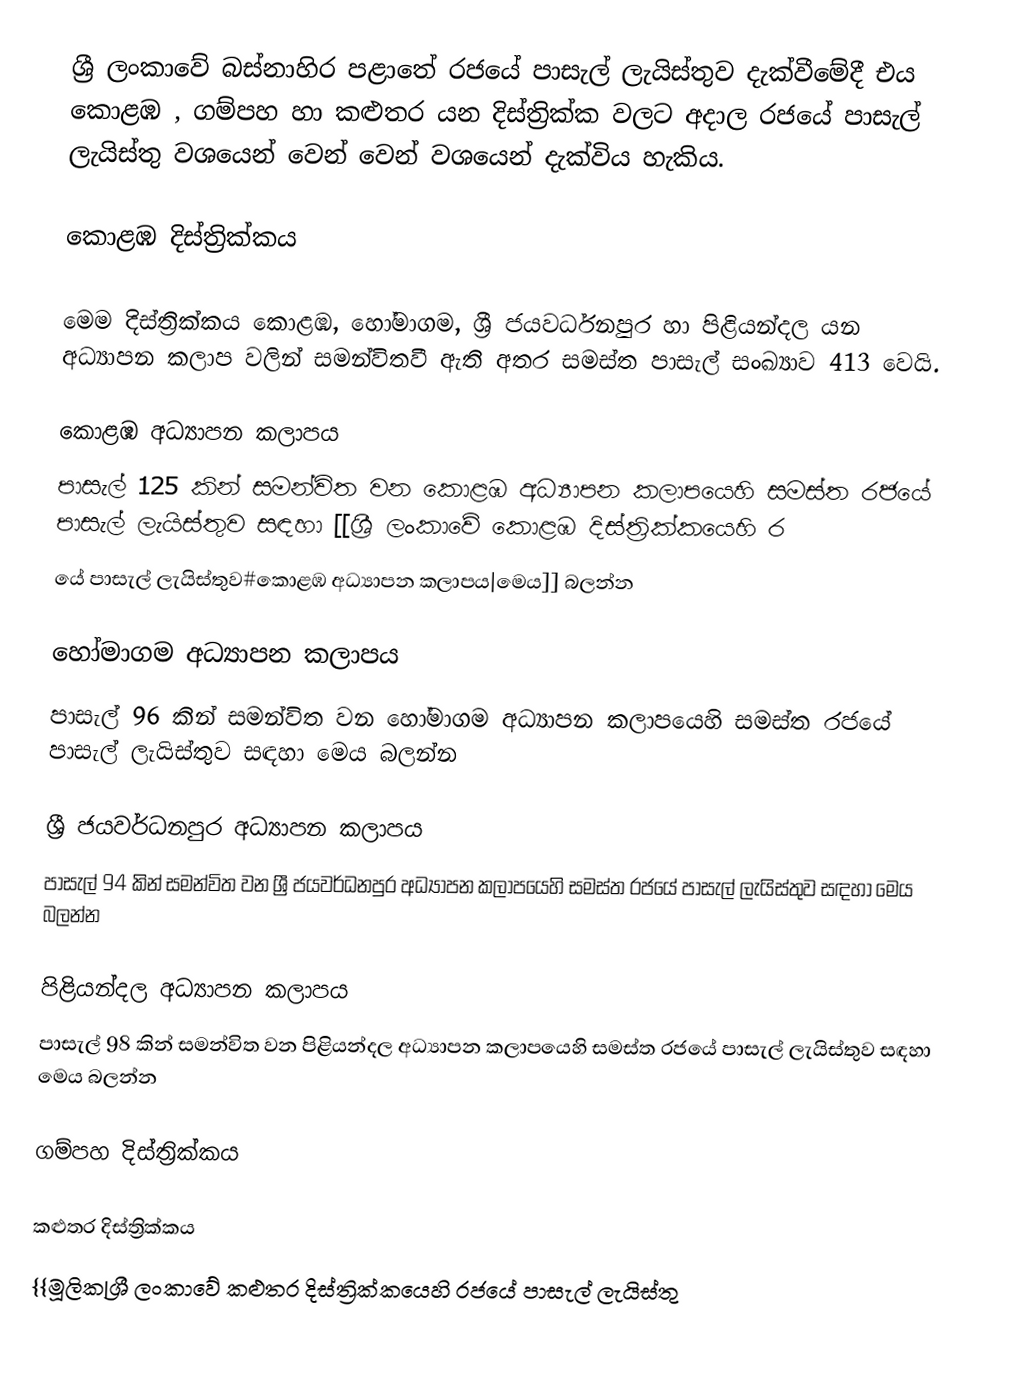
ශ්‍රී ලංකාවේ බස්නාහිර පළාතේ රජයේ පාසැල් ලැයිස්තුව දැක්වීමේදී එය  කොළඹ , ගම්පහ  හා  කළුතර  යන දිස්ත්‍රික්ක වලට අදාල රජයේ පාසැල් ලැයිස්තු වශයෙන් වෙන් වෙන් වශයෙන් දැක්විය හැකිය.

කොළඹ දිස්ත්‍රික්කය

මෙම දිස්ත්‍රික්කය කොළඹ, හෝමාගම, ශ්‍රී ජයවර්ධනපුර හා පිළියන්දල යන අධ්‍යාපන කලාප වලින් සමන්විතවී ඇති අතර සමස්ත පාසැල් සංඛ්‍යාව 413 වෙයි.

කොළඹ අධ්‍යාපන කලාපය
පාසැල් 125 කින් සමන්විත වන කොළඹ අධ්‍යාපන කලාපයෙහි සමස්ත රජයේ පාසැල් ලැයිස්තුව සඳහා [[ශ්‍රී ලංකාවේ කොළඹ දිස්ත්‍රික්කයෙහි ර
යේ පාසැල් ලැයිස්තුව#කොළඹ අධ්‍යාපන කලාපය|මෙය]] බලන්න

හෝමාගම අධ්‍යාපන කලාපය
පාසැල් 96 කින් සමන්විත වන හෝමාගම අධ්‍යාපන කලාපයෙහි සමස්ත රජයේ පාසැල් ලැයිස්තුව සඳහා මෙය බලන්න

ශ්‍රී ජයවර්ධනපුර අධ්‍යාපන කලාපය
පාසැල් 94 කින් සමන්විත වන ශ්‍රී ජයවර්ධනපුර අධ්‍යාපන කලාපයෙහි සමස්ත රජයේ පාසැල් ලැයිස්තුව සඳහා මෙය බලන්න

පිළියන්දල  අධ්‍යාපන කලාපය
පාසැල් 98 කින් සමන්විත වන පිළියන්දල අධ්‍යාපන කලාපයෙහි සමස්ත රජයේ පාසැල් ලැයිස්තුව සඳහා මෙය බලන්න

ගම්පහ දිස්ත්‍රික්කය

කළුතර දිස්ත්‍රික්කය
{{මූලික|ශ්‍රී ලංකාවේ  කළුතර දිස්ත්‍රික්කයෙහි රජයේ පාසැල් ලැයිස්තු